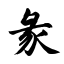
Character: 彖